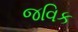
જવિક